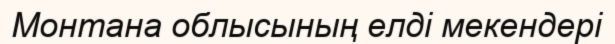
Монтана облысының елді мекендері